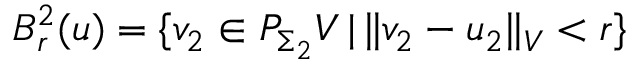
B _ { r } ^ { 2 } ( u ) = \{ v _ { 2 } \in P _ { \Sigma _ { 2 } } V \, | \, \Vert v _ { 2 } - u _ { 2 } \Vert _ { V } < r \}